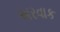
અરવાક